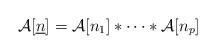
LaTeX: \begin{align*}\mathcal{A}[\underline{n}] = \mathcal{A}[n_1] * \dots * \mathcal{A}[n_p]\end{align*}